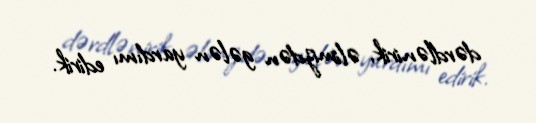
dərdlənirik, əlimizdən gələn yardımı edirik.